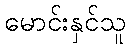
မောင်းနှင်သူ